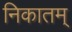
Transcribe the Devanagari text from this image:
निकातम्